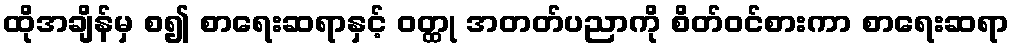
ထိုအချိန်မှ စ၍ စာရေးဆရာနှင့် ဝတ္ထု အတတ်ပညာကို စိတ်ဝင်စားကာ စာရေးဆရာ